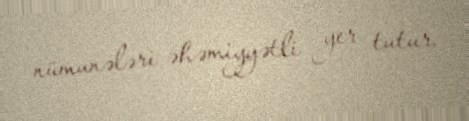
nümunələri əhəmiyyətli yer tutur.